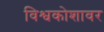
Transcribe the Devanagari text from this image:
विश्वकोशावर